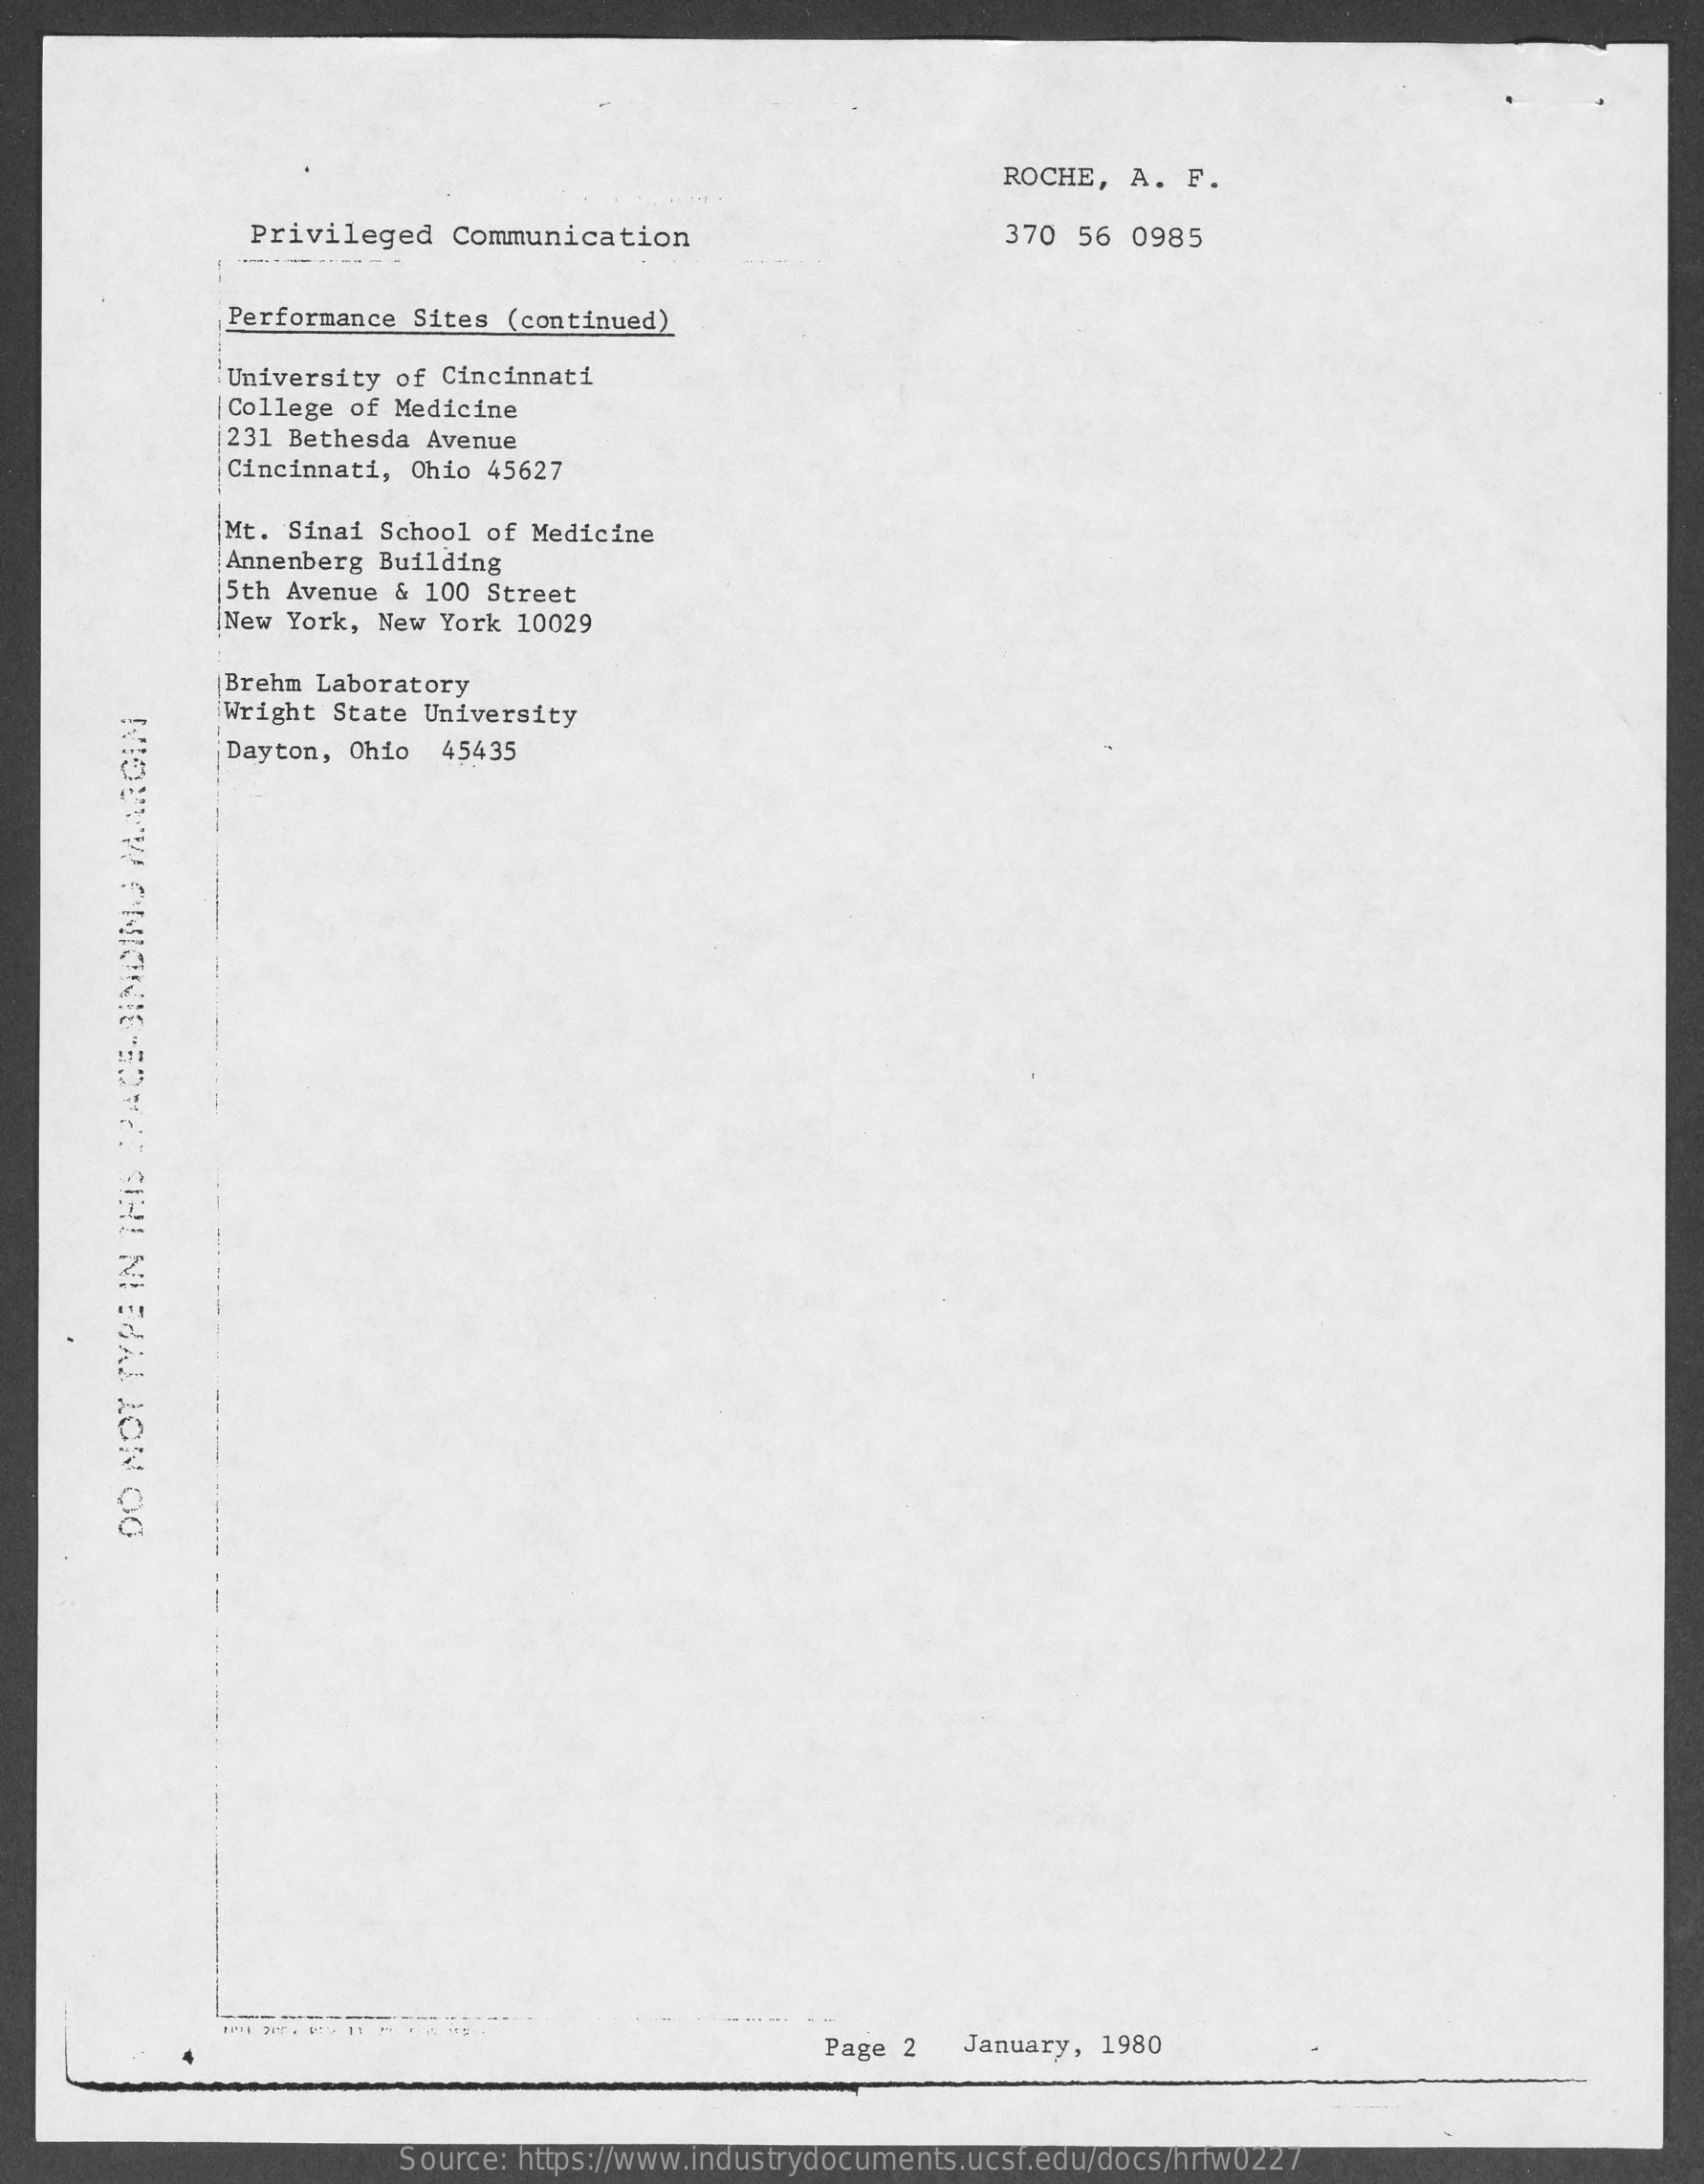
ROCHE,  A.  F.
     Privileged   Communication    370  56 0985
     Performance Sites (continued)
     University of Cincinnati
     College of Medicine
     231 Bethesda Avenue
     Cincinnati, Ohio 45627
     Mt. Sinai School of Medicine
     Annenberg Building
     5th Avenue & 100 Street
     New York, New York 10029
     |Brehm Laboratory
     Wright State University
     MIOUW
     ONIONIG-BOYA:
     SINI
     NIEJAI
     LON
     OG
     Dayton, Ohio  45435
     Page 2   January, 1980
     Source: https://www.industrydocuments.ucsf.edu/docs/hrfw0227